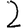
Digit: 2